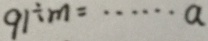
9 1 \div m = \cdots a